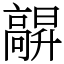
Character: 髜